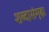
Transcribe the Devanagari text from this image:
शब्दासंमृढ़ा